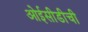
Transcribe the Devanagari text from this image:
ओईसीडीची